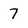
Character: 7